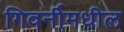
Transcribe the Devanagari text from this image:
गिवर्नीमधील